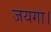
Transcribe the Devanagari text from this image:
जयगा।